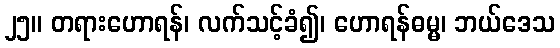
၂၅။ တရားဟောရန်၊ လက်သင့်ခံ၍၊ ဟောရန်ဓမ္မ၊ ဘယ်ဒေသ